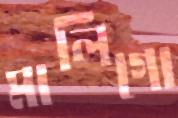
মালিগো